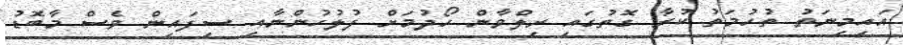
އައިމިނަތު ތުހުމަތު ކުރާ ގޮތުގައި ރިލްވާން ހޯދުމަށް ފުލުހުންނާއި ސިފައިން ވެސް މާބޮޑު